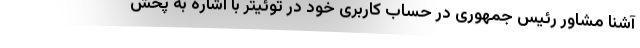
آشنا مشاور رئیس جمهوری در حساب کاربری خود در توئیتر با اشاره به پخش